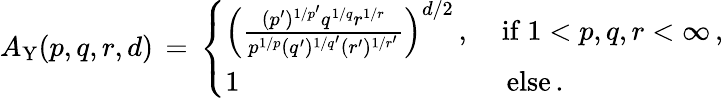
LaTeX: A_{\mathrm{Y}}(p,q,r,d)\, =\, \left\{ \begin{array}{ll}{\Big(\frac{(p^{\prime})^{1/p^{\prime}}q^{1/q}r^{1/r}}{p^{1/p}(q^{\prime})^{1/q^{\prime}}(r^{\prime})^{1/r^{\prime}}}\Big)^{d/2}\, ,}&{\mathrm{\ if\ }1<p,q,r<\infty\, ,}\\ {1}&{\, \mathrm{\ else}\, .}\end{array}\right.